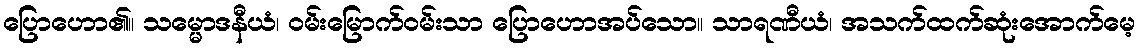
ပြောဟော၏။ သမ္မောဒနီယံ၊ ဝမ်းမြောက်ဝမ်းသာ ပြောဟောအပ်သော။ သာရဏီယံ၊ အသက်ထက်ဆုံးအောက်မေ့